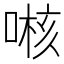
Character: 𱓯